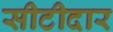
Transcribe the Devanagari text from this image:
सीटीदार